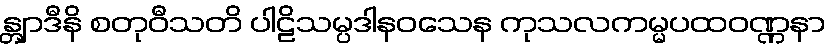
န္တျာဒီနိ စတုဝီသတိ ပါဠိသမ္ပဒါနဝသေန ကုသလကမ္မပထဝဏ္ဏနာ